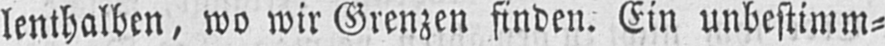
lenthalben, wo wir Grenzen finden. Ein unbestimm⸗